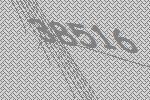
38516